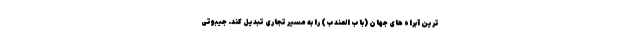
ترین آبراه های جهان (باب المندب) را به مسیر تجاری تبدیل کند. جیبوتی